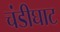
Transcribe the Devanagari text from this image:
चंडीघाट